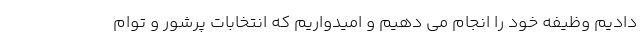
دادیم وظیفه خود را انجام می دهیم و امیدواریم که انتخابات پرشور و توام